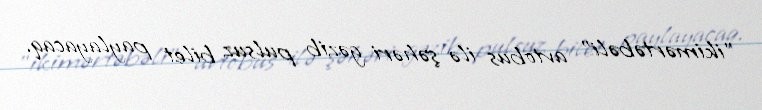
"ikimərtəbəli" avtobus ilə şəhəri gəzib pulsuz bilet paylayacaq.